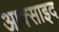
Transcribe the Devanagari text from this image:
आक्साइद